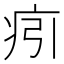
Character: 㽼